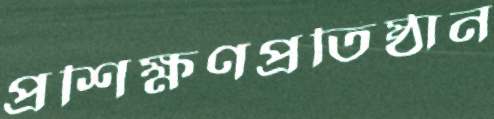
প্রশিক্ষণপ্রতিষ্ঠান